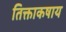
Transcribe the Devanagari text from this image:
तिक्ताकषाय